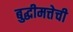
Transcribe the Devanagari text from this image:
बुद्धीमत्तेची